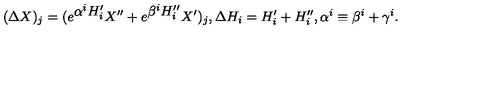
( \Delta X ) _ { j } = ( e ^ { \textstyle \alpha ^ { i } H _ { i } ^ { \prime } } X ^ { \prime \prime } + e ^ { \textstyle \beta ^ { i } H _ { i } ^ { \prime \prime } } X ^ { \prime } ) _ { j } , \Delta H _ { i } = H _ { i } ^ { \prime } + H _ { i } ^ { \prime \prime } , \alpha ^ { i } \equiv \beta ^ { i } + \gamma ^ { i } .